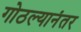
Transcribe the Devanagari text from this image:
गोठल्यानंतर